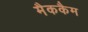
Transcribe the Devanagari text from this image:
मैककैम